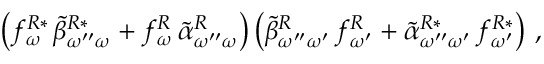
\left( f _ { \omega } ^ { R * } \, \tilde { \beta } _ { \omega ^ { \prime \prime } \omega } ^ { R * } + f _ { \omega } ^ { R } \, \tilde { \alpha } _ { \omega ^ { \prime \prime } \omega } ^ { R } \right) \left( \tilde { \beta } _ { \omega ^ { \prime \prime } \omega ^ { \prime } } ^ { R } \, f _ { \omega ^ { \prime } } ^ { R } + \tilde { \alpha } _ { \omega ^ { \prime \prime } \omega ^ { \prime } } ^ { R * } \, f _ { \omega ^ { \prime } } ^ { R * } \right) \, ,